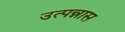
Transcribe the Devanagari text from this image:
उत्पन्नास